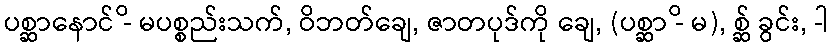
ပစ္ဆာနောင် -ိ မပစ္စည်းသက်, ဝိဘတ်ချေ, ဇာတပုဒ်ကို ချေ, (ပစ္ဆာ -ိ မ), စ္ဆ် ခွင်း, -ါ